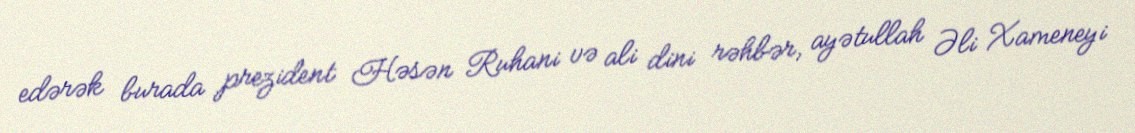
edərək burada prezident Həsən Ruhani və ali dini rəhbər, ayətullah Əli Xameneyi